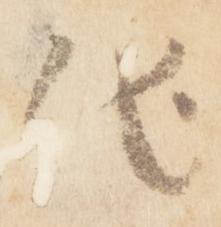
他